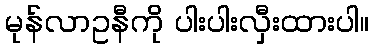
မုန်လာဥနီကို ပါးပါးလှီးထားပါ။